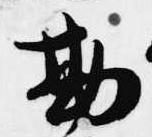
勘